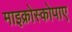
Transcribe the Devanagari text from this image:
माइक्रोस्कोपाए